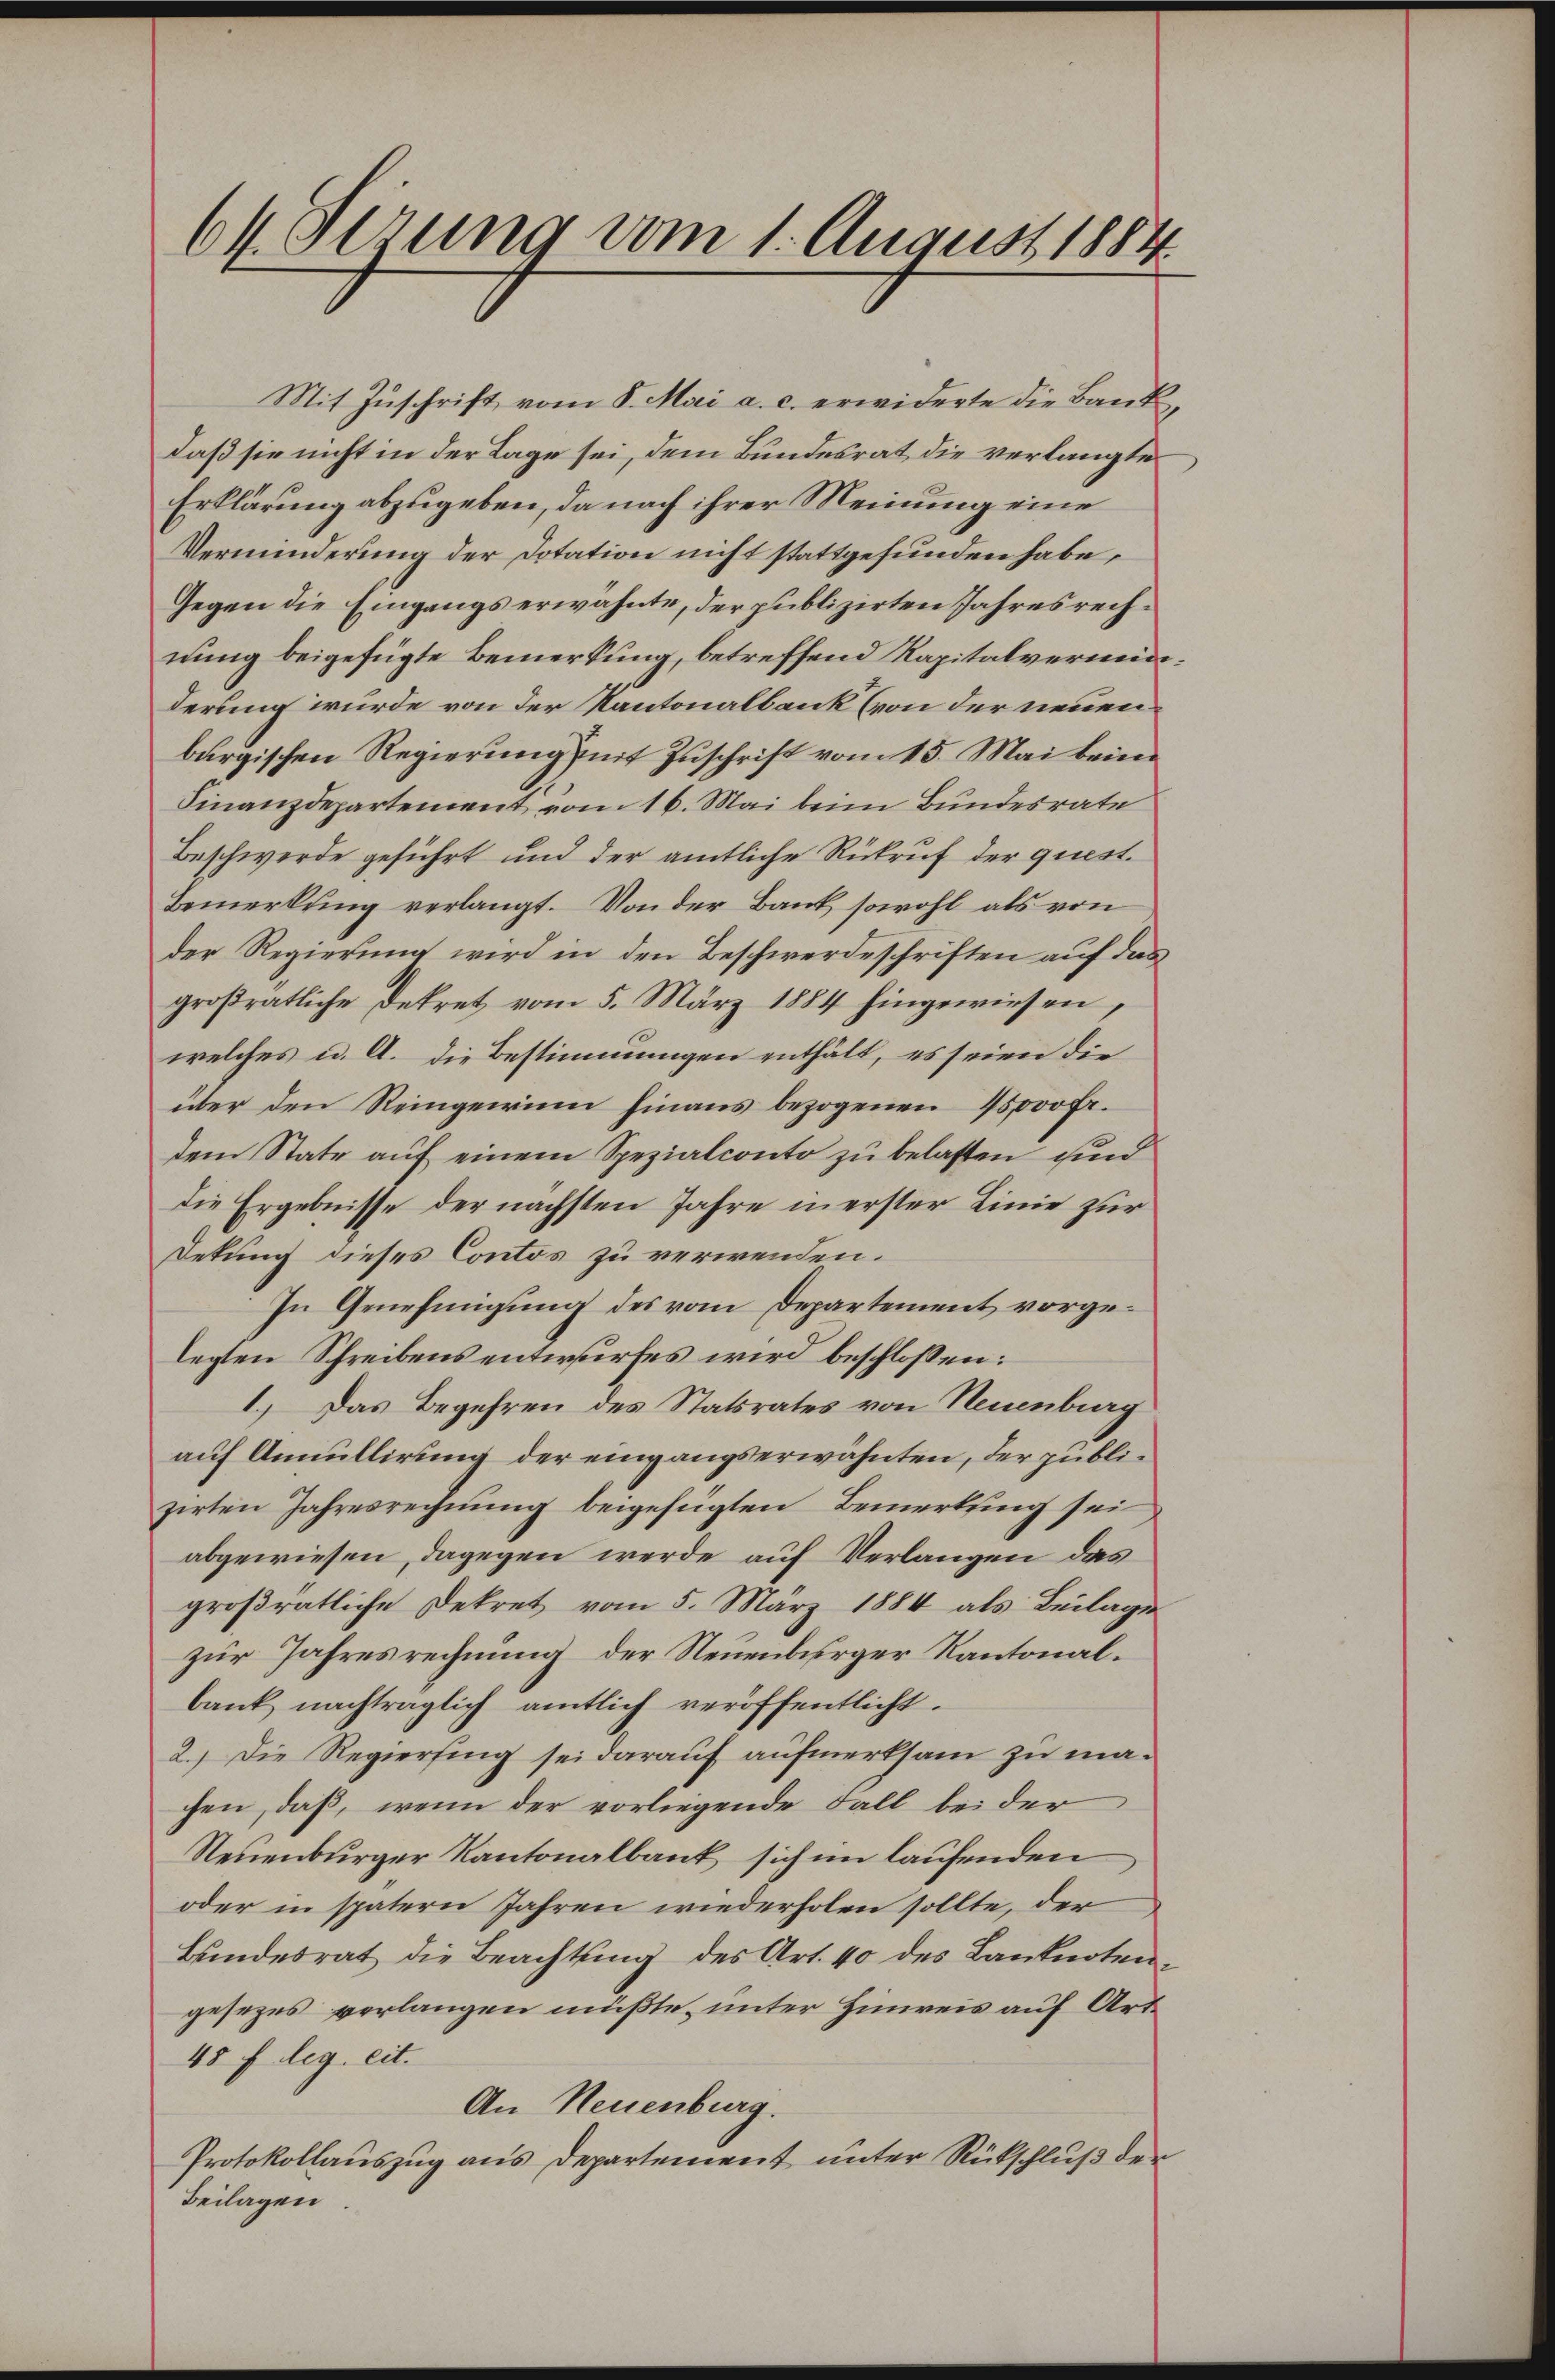
64 derung vom 1. August 1884

daß sie nicht in der Lage sei, dem Bundesrat die verlangte
Erklärung abzugeben, da nach ihrer Meinung eine
Verminderung der Dotation nicht stattgefunden habe,
Gegen die Eingangs erwähnte, der publizirten Jahresrechnung beigefügte Bemerkung, betreffend Kapitalverminderung wurde von der Kantonalbank (von der neuenburgischen Regierung mit Zuschrift vom 15. Mai beim
Finanzdepartement vom 16. Mai beim Bundesrate
Beschwerde geführt und der amtliche Rükruf der quest.
Bemerkung verlangt. Von der Bank, sowohl als von
der Regierung wird in den Beschwerdeschriften auf das
großratliche Dekret vom 5. März 1884 hingewiesen,
welches u. A. die Bestimmungen enthält, es seien die
über den Reingewinn hinaus bezogenen 15000 Fr.
dem State auf einem Spezialconto zu belasten und
die Ergebnisse der nächsten Jahre in erster Linie zur
Dekung dieses Contos zu verwenden.
In Genehmigung des vom Departement vorgelegten Schreibens entwurfes wird beschlossen:
I.) Das Begehren des Statsrates von Neuenburg
auf Annullirung der eingangserwähnten, der publizirten Jahresrechnung beigefügten Bemerkung sei
abgewiesen, dagegen werde auf Verlangen das
großratliche Dekret vom 5. März 1884 als Beilage
zur Jahresrechnung der Neuenberger Kantonalbank nachträglich amtlich veröffentlicht.
2.) Die Regierung sei darauf aufmerksam zu machen, daß, wenn der vorliegende Fall bei der
Neuenburger Kantonalbank sich im laufenden
oder in spätern Jahren wiederholen sollte, der
Bundesrat die Beachtung des Art. 40 des Lanknotengesezes verlangen müßte, unter Hinreis auf Art.
48 f. leg. eit.
An Neuenburg.
Protokollauszug aus Departement unter Rückschluß der
Beilagen.

Mit Zuschrift vom 8. Mai a. c. erwiderte die Band,